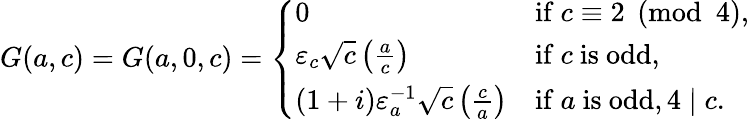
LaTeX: G(a,c)=G(a,0,c)={\left\{ \begin{array}{ll}{0}&{{\mathrm{if}}\ c\equiv 2{\pmod{4}},}\\ {\varepsilon_{c}{\sqrt{c}}\left({\frac{a}{c}}\right)}&{{\mathrm{if}}\ c\ {\mathrm{is~odd}},}\\ {(1+i)\varepsilon_{a}^{-1}{\sqrt{c}}\left({\frac{c}{a}}\right)}&{{\mathrm{if}}\ a\ {\mathrm{is~odd}},4\mid c.}\end{array}\right.}